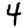
Digit: 4